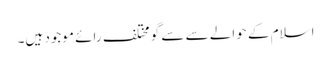
اسلام کے حوالے سے سے گو مختلف رائے موجود ہیں۔